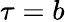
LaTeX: \tau=b